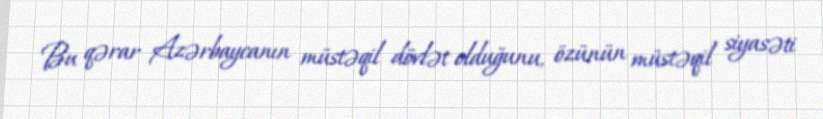
Bu qərar Azərbaycanın müstəqil dövlət olduğunu, özünün müstəqil siyasəti